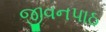
જીવનપાઠ